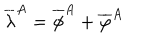
LaTeX: \overline { { { \lambda } } } ^ { A } = \overline { { { \phi } } } ^ { A } + \overline { { { \varphi } } } ^ { A }